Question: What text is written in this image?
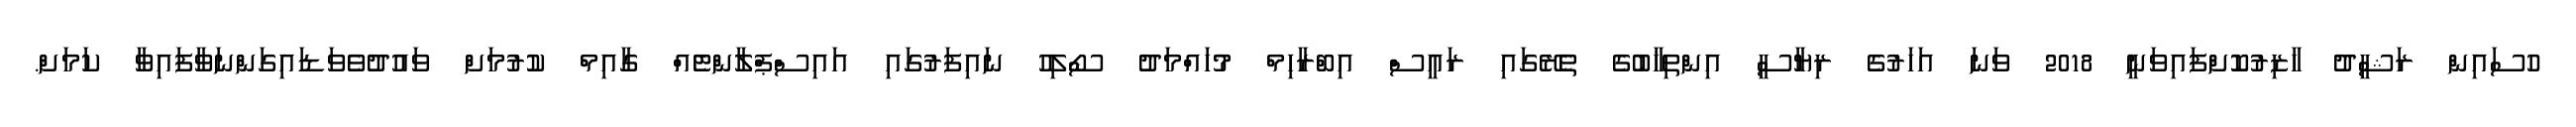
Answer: ހުސައިން ރަޝީދު ހާޒިރުކޮށްފައިވަނީ 2018 ވަނަ އަހަރުގެ ރިޔާސީ އިންތިޚާބުގެ ތެރޭގައި ރައީސް އިބްރާހިމް މުހައްމަދު ސޯލިހު ނައިފަރުގައި އައިސްޕްލާންޓެއް ގާއިމް ކުރުމަށް ވައުދުވެވަޑައިގަންނަވާފައިވާ ކަމަށް.